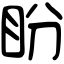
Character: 盼